Lunatic asylums Punjab 1881-1894 - 1881-1894
Year: 1881
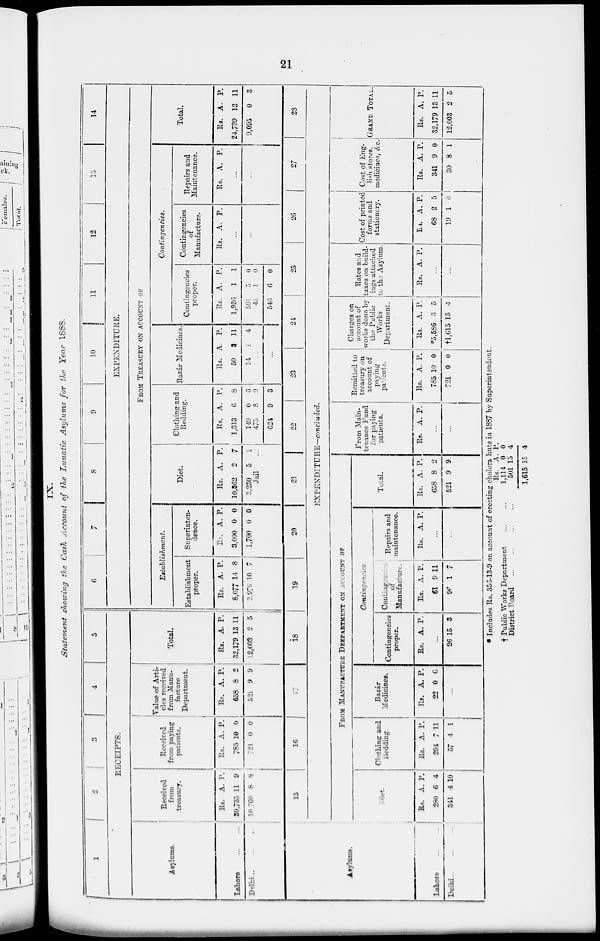
21
IX.
Statement showing the Cash Account of the Lunatic Asylums for the Year 1888.
1
2
3
4
5
RECEIPTS.
Asylums.
Lahore
...
...
Delhi ... ...
Received
from
treasury.
Rs.
30,735
10,760
A.
11
8
P.
9
8
Received
from paying
patients.
Rs.
785
721
A.
10
0
P.
0
0
Value of Arti-
cles received
from Manu-
facture
Department.
Rs.
658
521
A.
8
9
P.
2
9
Total.
RS.
32,179
12,003
A.
13
2
P.
11
5
6
7
8
9
10
11
12
13
14
EXPENDITURE.
FROM TREASURY OX ACCOUNT OF
Establishment.
Establishment
proper.
Rs.
8,077
2,979
A.
14
10
P.
8
7
Superinten-
dence.
Rs.
3,000
1,700
A.
0
0
P.
0
0
Diet.
Rs.
10,362
3,230
Jail
A.
2
5
P.
7
1
Clothing and
Bedding.
Rs.
1,313
149
475
624
A.
6
0
8
9
P.
8
6
9
3
Bazar Medicines.
Rs.
50
14
A.
3
1
P.
11
4
Contingencies.
Contingencies
proper.
Rs.
1,936
501
45
546
A.
1
5
1
6
P.
1
0
0
0
Contingencies
of
Manufacture.
Rs. A. P.
...
...
Repairs and
Maintenance.
Rs. A. P.
...
...
Total.
Rs.
24,739
9,095
A.
12
0
P.
11
3
15
16
17
18
19
20
21
22
23
24
25
26
27
28
EXPENDITURE—concluded.
Asylums.
Lahore ... ...
Delhi
...
...
FROM
MANUFACTURE
DEEPARTMENT ON ACCOUNT OF
det.
Rs.
280
341
A.
6
4
P.
4
10
Clothing and
Bedding.
Rs.
294
57
A.
7
4
P.
11
1
Bazár
Medicines.
Rs.
22
A.
0
P.
0
...
Contingencies
Contingencies
proper.
Rs. A. P.
...
26 15 3
Contingencies of
Manufacture.
Rs.
61
96
A.
9
1
P.
11
7
Repairs and
maintenance.
Rs. A. P.
...
...
Total.
Rs.
658
521
A.
8
9
P.
2
9
From Main-
tenance Fund
for paying
patients.
Rs. A. P.
...
...
Remitted to
treasury on
account of
paying
patients.
Rs.
785
721
A.
10
0
P.
0
0
Charges on
account of
works done by
the Public
Works
Department.
Rs.
*5,586
†l,615
A.
3
15
P.
5
4
Rates and
taxes on build-
ings attached
to the Asylum.
Rs. A. P.
...
...
Cost of printed
forms and
stationery.
Rs.
68
19
A.
2
1
P.
5
0
Cost of Eng-
lish stores,
medicines, &c.
Rs.
341
30
A.
9
8
P.
0
1
GRAND TOTAL.
Rs.
32,179
12,003
A.
13
2
P.
11
5
* Includes Rs. 353-13-9 on account of erecting cholera huts in 1887 by Superintendent.
† Public Works Department
...
...
District. Board
...
...
...
...
Rs.
1,114
501
1,615
A.
0
15
15
P. 0
4
4